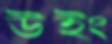
উইং